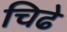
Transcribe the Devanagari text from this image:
चिढे